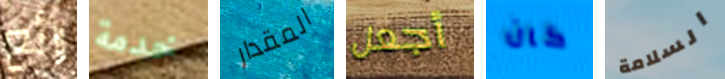
رائع خدمة المقدار أجعل كان السلامة